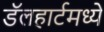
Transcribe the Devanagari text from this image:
डॅलहार्टमध्ये